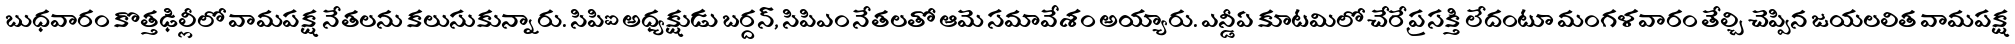
బుధవారం కొత్తఢిల్లీలో వామపక్ష నేతలను కలుసుకున్నారు. సిపిఐ అధ్యక్షుడు బర్దన్, సిపిఎం నేతలతో ఆమె సమావేశం అయ్యారు. ఎన్డీఏ కూటమిలో చేరే ప్రసక్తి లేదంటూ మంగళవారం తేల్చి చెప్పిన జయలలిత వామపక్ష